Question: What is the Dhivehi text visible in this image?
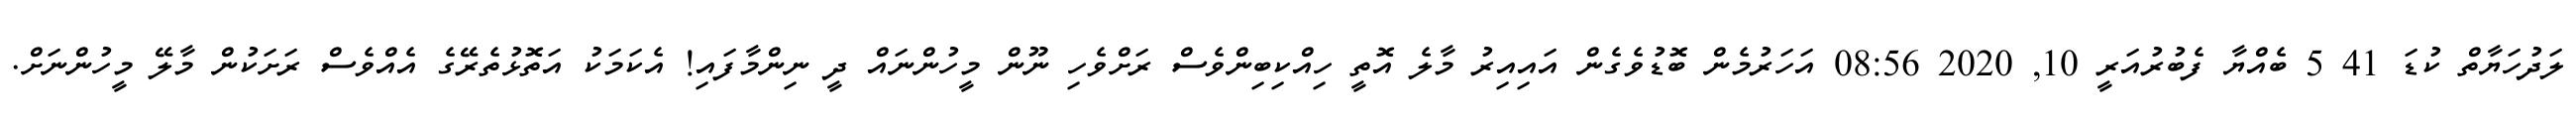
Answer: ލަދުހަޔާތް ކުޑަ 41 5 ބެއްޔާ ފެބުރުއަރީ 10, 2020 08:56 އަހަރުމެން ބޮޑުވެގެން އައިއިރު މާލެ އޮތީ ހިއްކިބިންވެސް ރަށްވެހި ނޫން މީހުންނައް ދީ ނިންމާފައި! އެކަމަކު އަތޮޅުތެރޭގެ އެއްވެސް ރަށަކުން މާލޭ މީހުންނަށް.